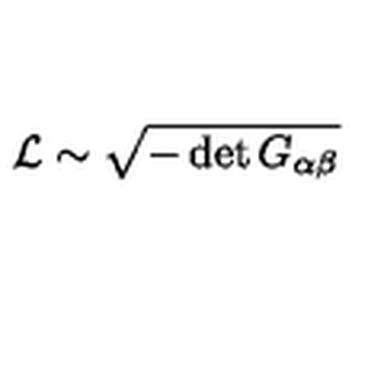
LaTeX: { \cal L } \sim \sqrt { - \det G _ { \alpha \beta } }